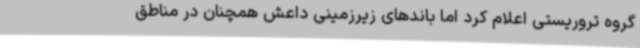
گروه تروریستی اعلام کرد اما باندهای زیرزمینی داعش همچنان در مناطق